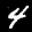
Label: 4